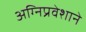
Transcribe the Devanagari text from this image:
अग्‍निप्रवेशाने